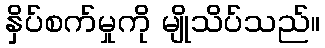
နှိပ်စက်မှုကို မျိုသိပ်သည်။